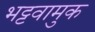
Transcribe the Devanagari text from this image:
भट्टवामुक